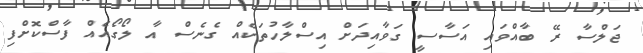
ޖަލްސާ ރޭ ބާއްވައި އަސާސީ ގަވާއިދަށް އިސްލާހުތަކެއް ގެނެސް އާ ލޯގޯއެއް ފާސްކޮށްފި